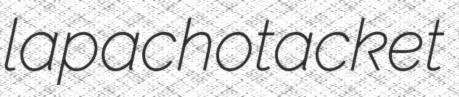
lapacho tacket